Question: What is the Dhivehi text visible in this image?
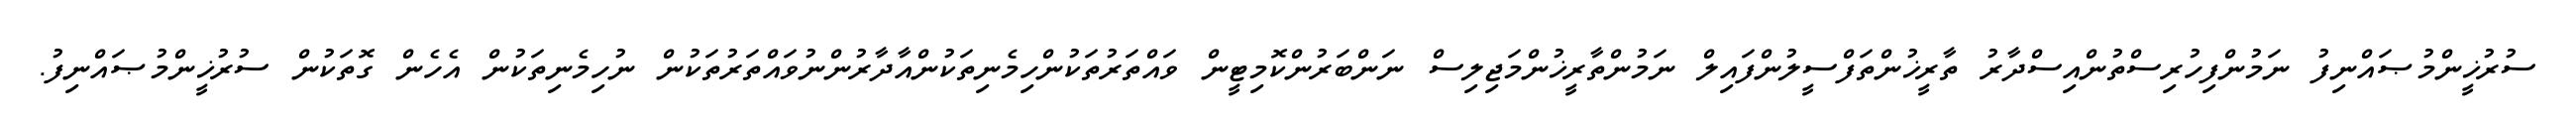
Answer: ސުރުޚީންމުޞައްނިފު ނަމުންފިހުރިސްތުންއިސްދާރު ތާރީޚުންތަފްސީލުންފައިލް ނަމުންތާރީޚުންމަޖިލިސް ނަންބަރުންކޮމިޓީން ވައްތަރުތަކުންހިމެނިތަކުންއާދާރުންނުވައްތަރުތަކުން ނުހިމެނިތަކުން އެހެން ގޮތަކުން ސުރުޚީންމުޞައްނިފު.